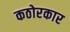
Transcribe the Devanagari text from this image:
कठोरकार